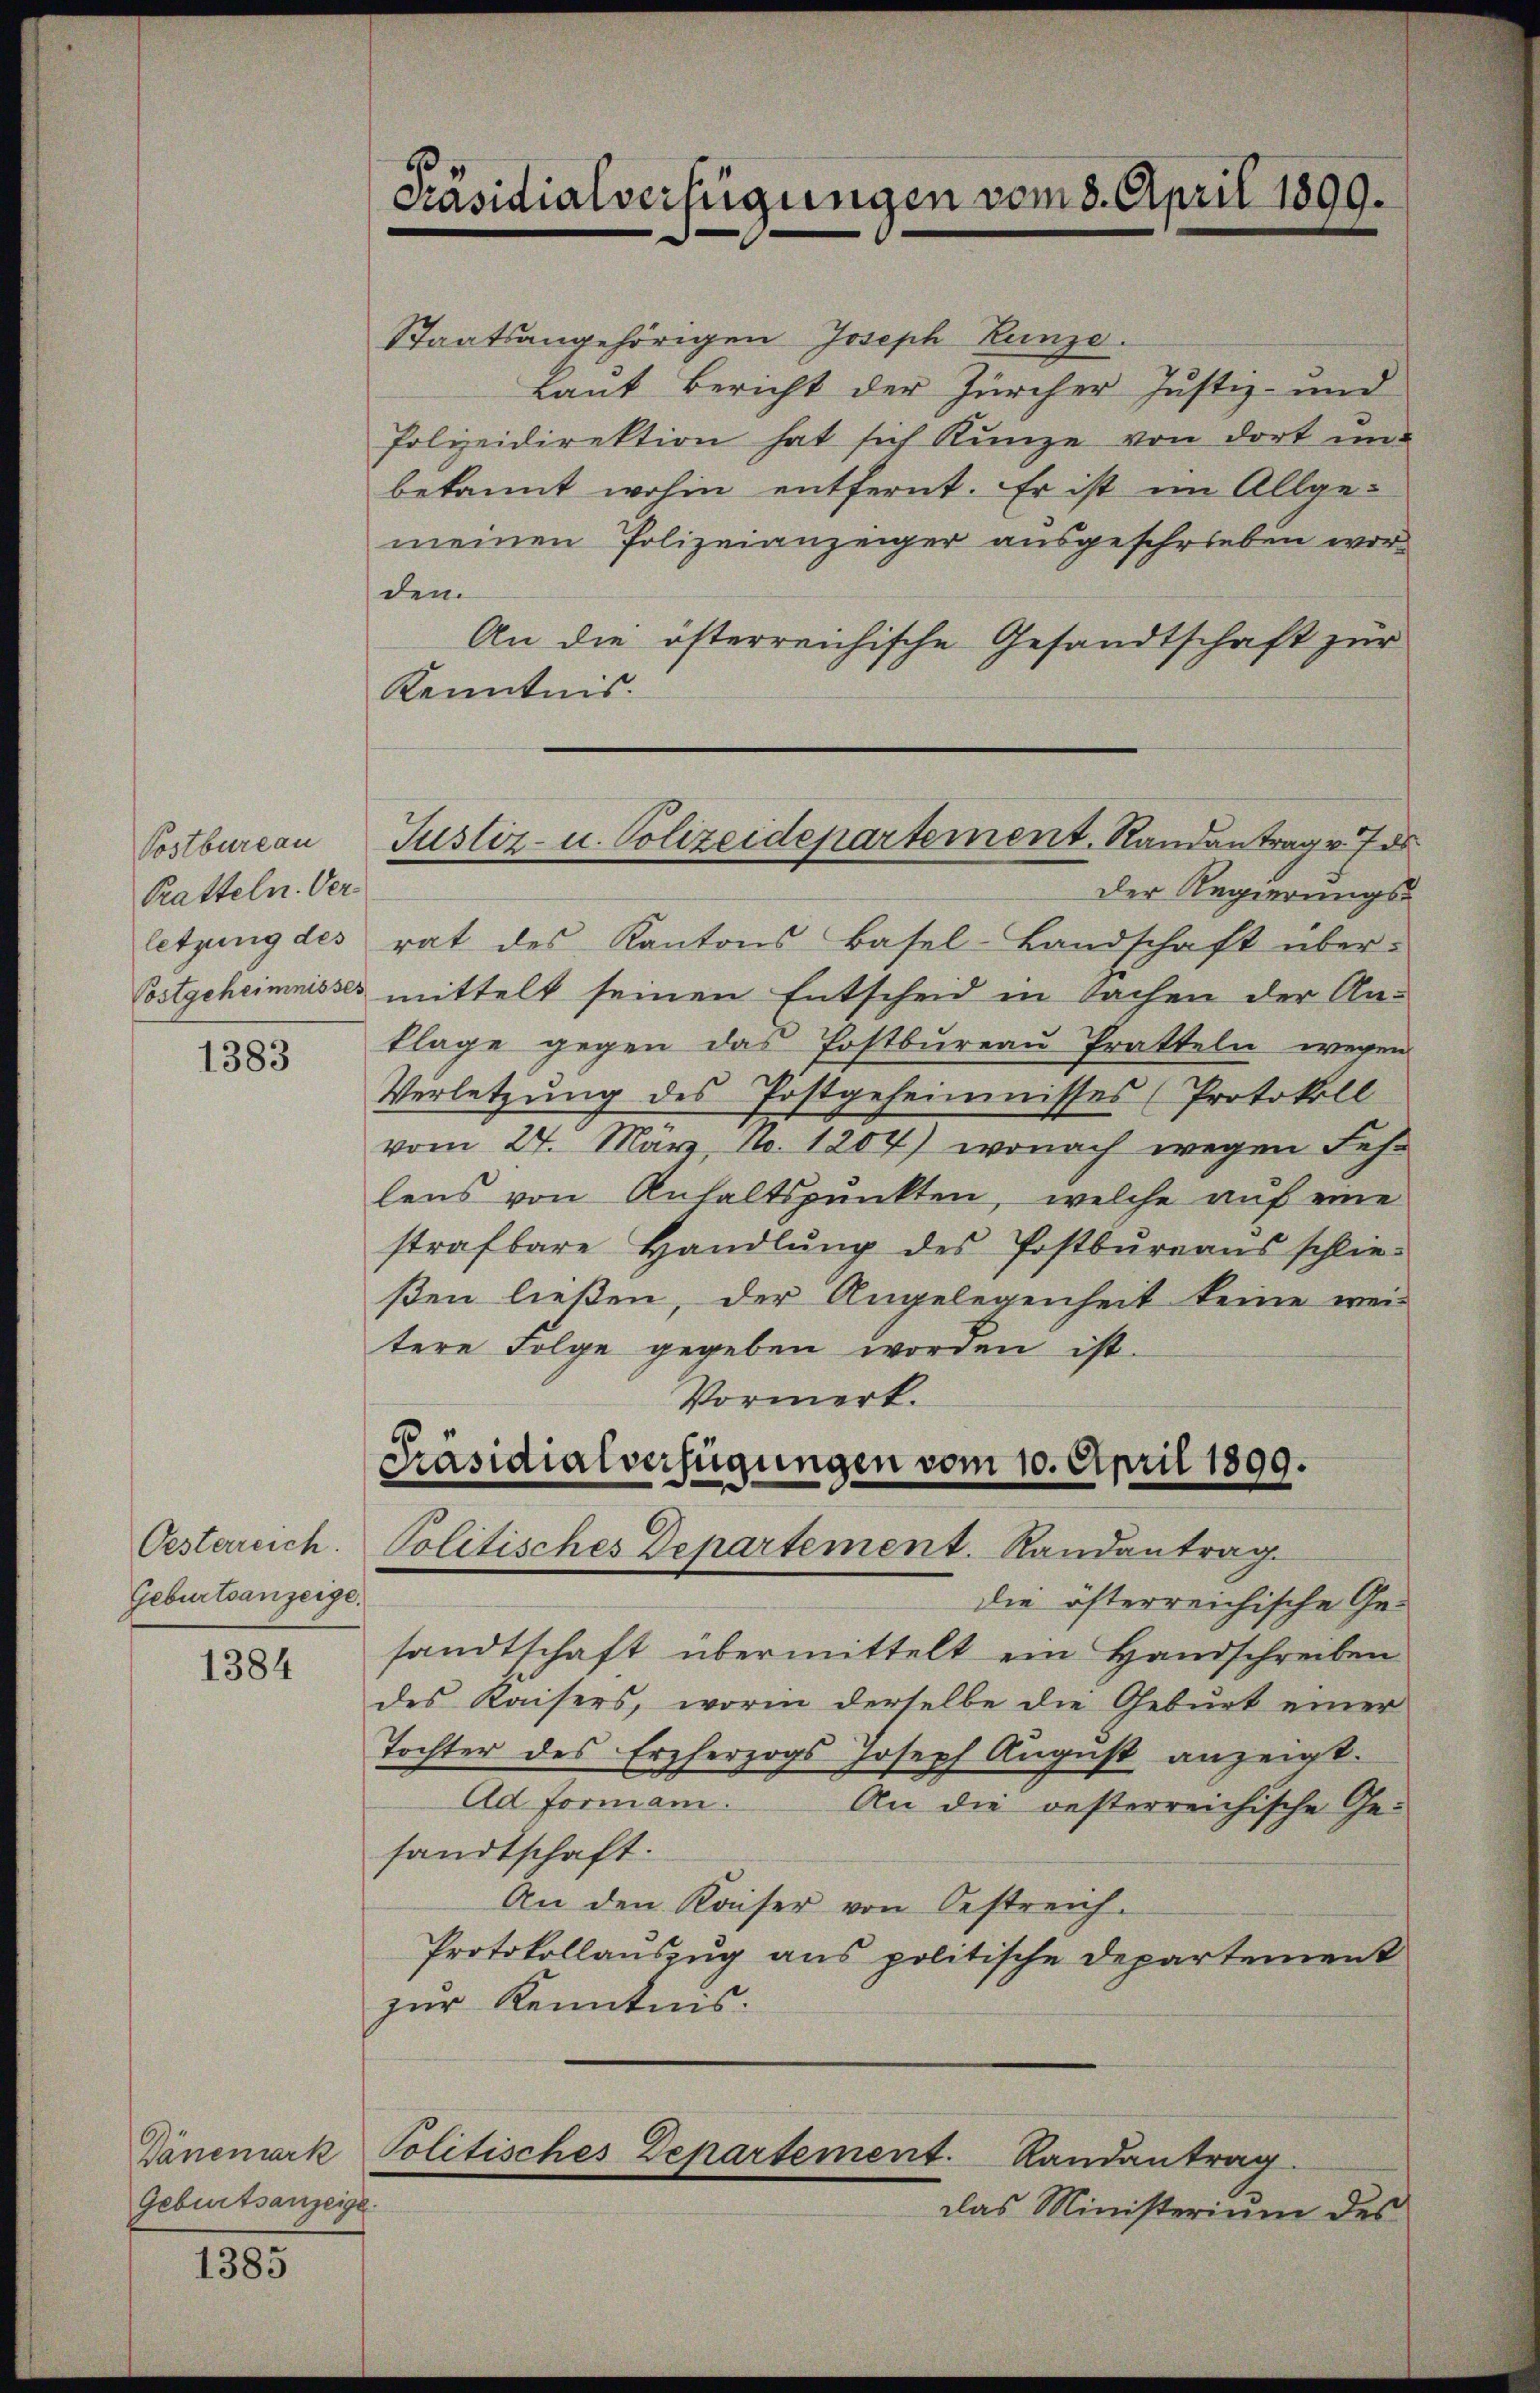
Postbureau
Ratteln. Ver
letzung des
Postgeheimnisses

1383

Oesterreich.
Geburtsanzeige.

1384

Geburtsanzeige

1385

Präsidialverfügungen vom 8. April 1899.

Justiz- u. Polizeidepartement. Randantrag v. 7 d

Staatsangehörigen Joseph Kunze.
Laut Bericht der Zürcher Justiz- und
Polizeidirektion hat sich Kunze von dort und
bekannt wohin entfernt. Er ist im Allge-
meinen Polizeianzeiger ausgeschrieben wordem
An die österreichische Gesandtschaft zur
Kenntnis.
Der Regierungs-
rat des Kantons Basel-Landschaft über-
mittelt seinen Entscheid in Sachen der Anklage gegen das Postbüreaŭ Pratteln wegen
Verletzung des Postgeheimnisses (Protokoll
vom 24. März, No. 1204) wonach wegen Fehr
lens von Anhaltspunkten, welche auf eine
strafbare Handlŭng des Postbureaus schlie-
ßen ließen, der Angelegenheit keine wei-
tere Folge gegeben worden ist.
Vormerk.
Präsidialverfügungen vom 10. April 1899.

Politisches Departement. Randantrag.

die öfterreichische Gesandtschaft übermittelt ein Handschreiben
des Kaisers, worin derselbe die Geburt einer
Tochter des Erzherzogs Joseph August anzeigt.
Ad Formani.
An die oesterreichische Gesandtschaft.
An den Kaiser von Oestreich.
Protokollauszug aus politische Departement
zur Kenntnis.
Dänemark Politisches Departement. Randantrag
das Ministerium des